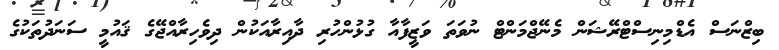
ބިޒްނަސް އެޑްމިނިސްޓްރޭޝަން މެނޭޖްމަންޓް ނުވަތަ ވަޒީފާއާ ގުޅުންހުރި ދާއިރާއަކުން ދިވެހިރާއްޖޭގެ ޤައުމީ ސަނަދުތަކުގެ